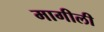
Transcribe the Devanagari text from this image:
मागीली